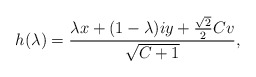
\begin{align*} h(\lambda) = \frac{ \lambda x + (1-\lambda) i y + \frac{\sqrt{2}}{2}C v}{\sqrt{C+1}}, \end{align*}